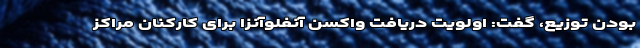
بودن توزیع، گفت: اولویت دریافت واکسن آنفلوآنزا برای کارکنان مراکز